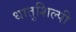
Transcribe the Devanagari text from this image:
धातुशिल्पी